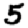
Digit: 5